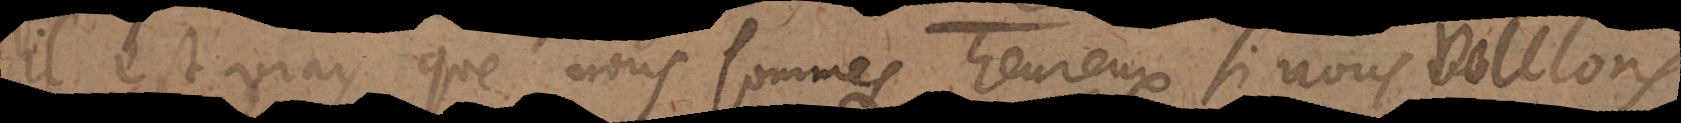
Il est vray que nous sommes heureux si nous voulons